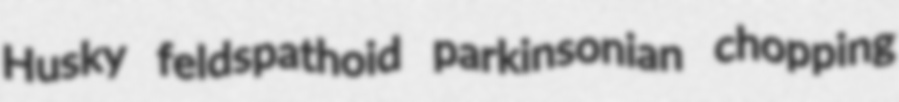
Husky feldspathoid parkinsonian chopping